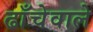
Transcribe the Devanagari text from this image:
ढाँचेवाले